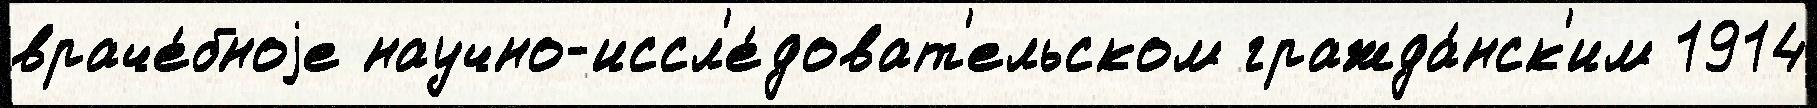
враче́бноjе научно-иссл'е́доват'ельском гражда́нск'им 1914